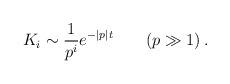
LaTeX: \begin{align*}K_{i}\sim \frac{1}{p^{i}}e^{-|p|t}\qquad (p\gg 1)\: .\end{align*}